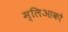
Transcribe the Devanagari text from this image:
म्लिआको